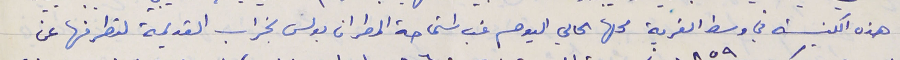
هذه الكنيسة في وسط القرية محلها الحالي اليوم غب استماحة المطران بولس بخراب القديمة لتطرفها عن